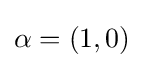
\alpha =\left(1,0\right)